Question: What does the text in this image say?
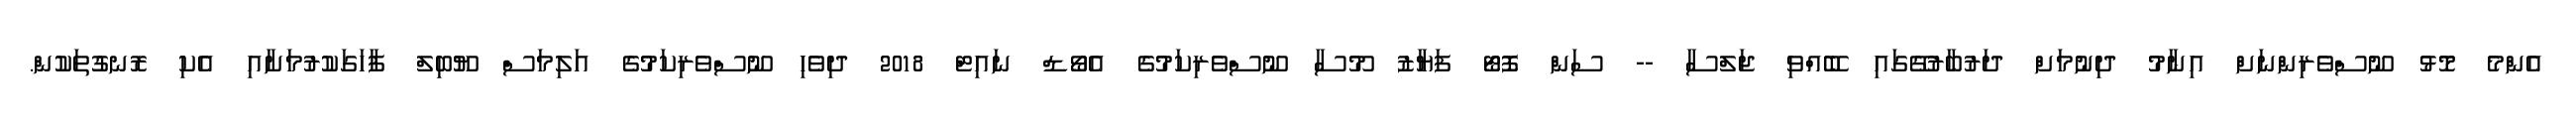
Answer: އެންމެ މޮޅު ނޫސްވެރިންނަށް އިނާމު ދިނުމަށް ދަރުބާރުގޭގައި ބޭއްވި ޖަލްސާ -- ސަން ފޮޓޯ ފަޔާޒު މޫސާ ނޫސްވެރިކަމުގެ އެވޯޑް ނައިޓް 2018 ދިވެހި ނޫސްވެރިކަމުގެ އަލިމަސް ޔޫބިލް ފާހަގަކުރުމަށާއި އެކި ރޮނގުތަކުން.